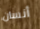
أنسان